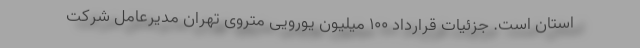
استان است. جزئیات قرارداد ۱۰۰ میلیون یورویی متروی تهران مدیرعامل شرکت